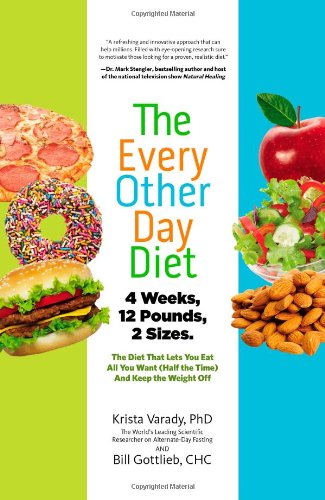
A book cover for The Every-Other-Day Diet: The Diet That Lets You Eat All You Want (Half the Time) and Keep the Weight Off; Krista Varady; Cookbooks, Food & Wine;